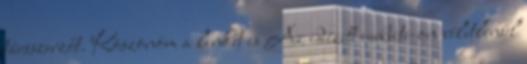
társszerzőt. Köszönöm a linket is Az idézett website-on véletlenül